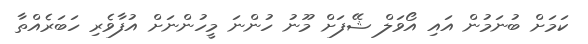
ކަމަށް ބުނަމުން އައި އޯވަލް ޝޭފަށް މޫނު ހުންނަ މީހުންނަށް އުފާވެރި ހަބަރެއްތާ